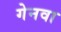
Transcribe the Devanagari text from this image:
गेनवा